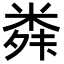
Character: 𮇣